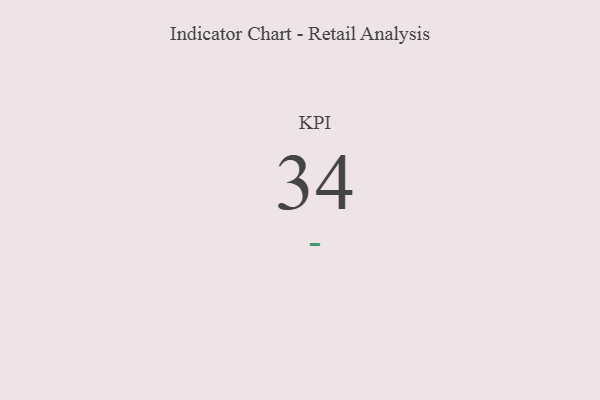
{"axis": {"x": "KPI", "y": "Value"}, "legend": [""], "data": [{"x": "KPI", "y": 34, "type": ""}]}